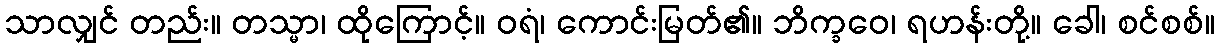
သာလျှင် တည်း။ တသ္မာ၊ ထိုကြောင့်။ ဝရံ၊ ကောင်းမြတ်၏။ ဘိက္ခဝေ၊ ရဟန်းတို့။ ခေါ၊ စင်စစ်။